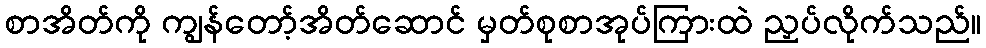
စာအိတ်ကို ကျွန်တော့်အိတ်ဆောင် မှတ်စုစာအုပ်ကြားထဲ ညှပ်လိုက်သည်။